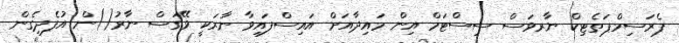
ޕެރަސިމްޕަތެޓިކް ނާރވަސް ސިސްޓަމް އިން މައިދާއަށް އައިސްފައިވާ ނާރަކީ ވޭގަސް ނާރު()ން އުފެދިގެން